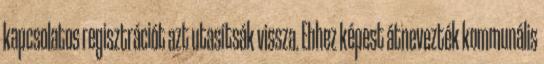
kapcsolatos regisztrációt azt utasítsák vissza. Ehhez képest átnevezték kommunális